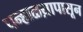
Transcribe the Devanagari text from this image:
पन्हाळय़ापासून